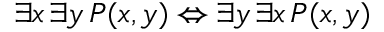
\exists x \, \exists y \, P ( x , y ) \Leftrightarrow \exists y \, \exists x \, P ( x , y )